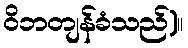
ဝိဘတျန်ခံသည်)။